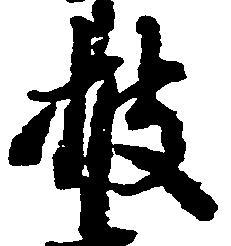
披